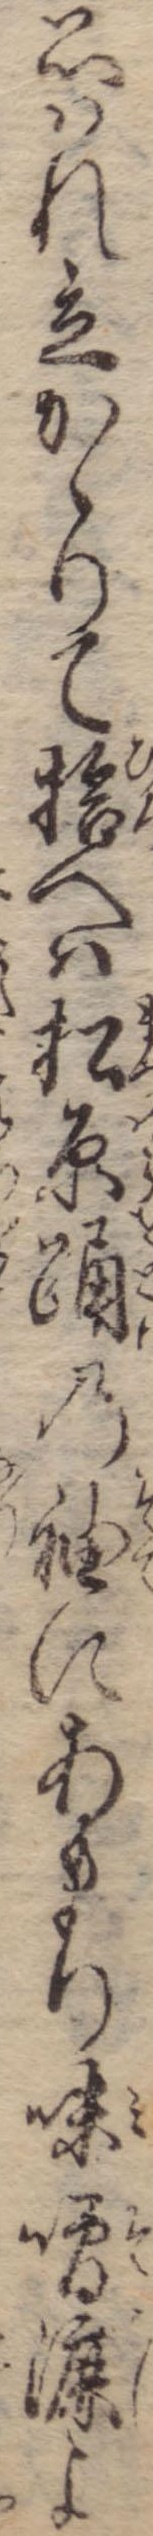
思はれ立かゝりて拾へは松原踊の袖にあまり味噌漉よ